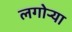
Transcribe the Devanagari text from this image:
लगोर्‍या